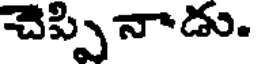
చెప్పి నాడు.